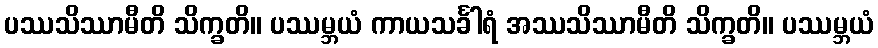
ပဿသိဿာမီတိ သိက္ခတိ။ ပဿမ္ဘယံ ကာယသင်္ခါရံ အဿသိဿာမီတိ သိက္ခတိ။ ပဿမ္ဘယံ